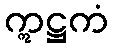
ဣဋ္ဌကံ